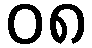
၀၈